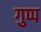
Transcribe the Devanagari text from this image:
गुप्प